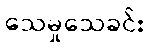
သေမှုသေခင်း